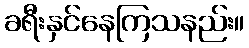
ခရီးနှင်နေကြသနည်း။